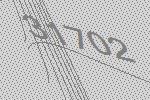
31702